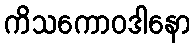
ကိသကောဝဒါနော